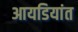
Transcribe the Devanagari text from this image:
आयडियांत